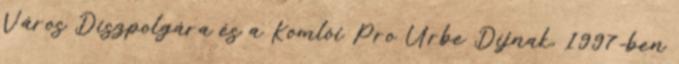
Város Díszpolgára és a Komlói Pro Urbe Díjnak, 1997-ben